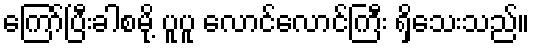
ကြော်ပြီးခါစမို့ ပူပူ လောင်လောင်ကြီး ရှိသေးသည်။